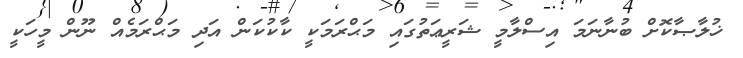
ޚުލާޞާކޮށް ބުނާނަމަ އިސްލާމީ ޝަރީޢަތުގައި މަޙްރަމަކީ ކާކުކަން އަދި މަޙްރަމެއް ނޫން މީހަކީ